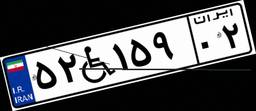
۱۶W۰۶۳۰۶